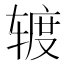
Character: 𰺕